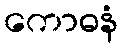
ကောဓနံ